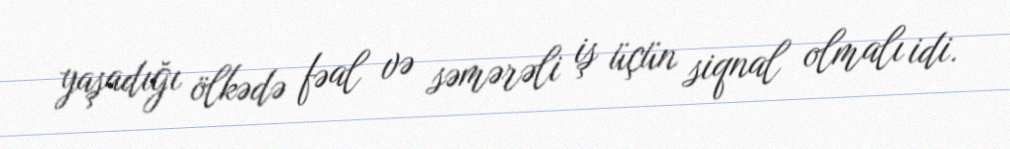
yaşadığı ölkədə fəal və səmərəli iş üçün siqnal olmalı idi.